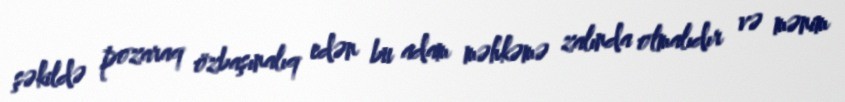
şəkildə pozaraq özbaşınalıq edən bu adam məhkəmə zalında olmalıdır və mənim